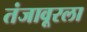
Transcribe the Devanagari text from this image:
तंजावूरला